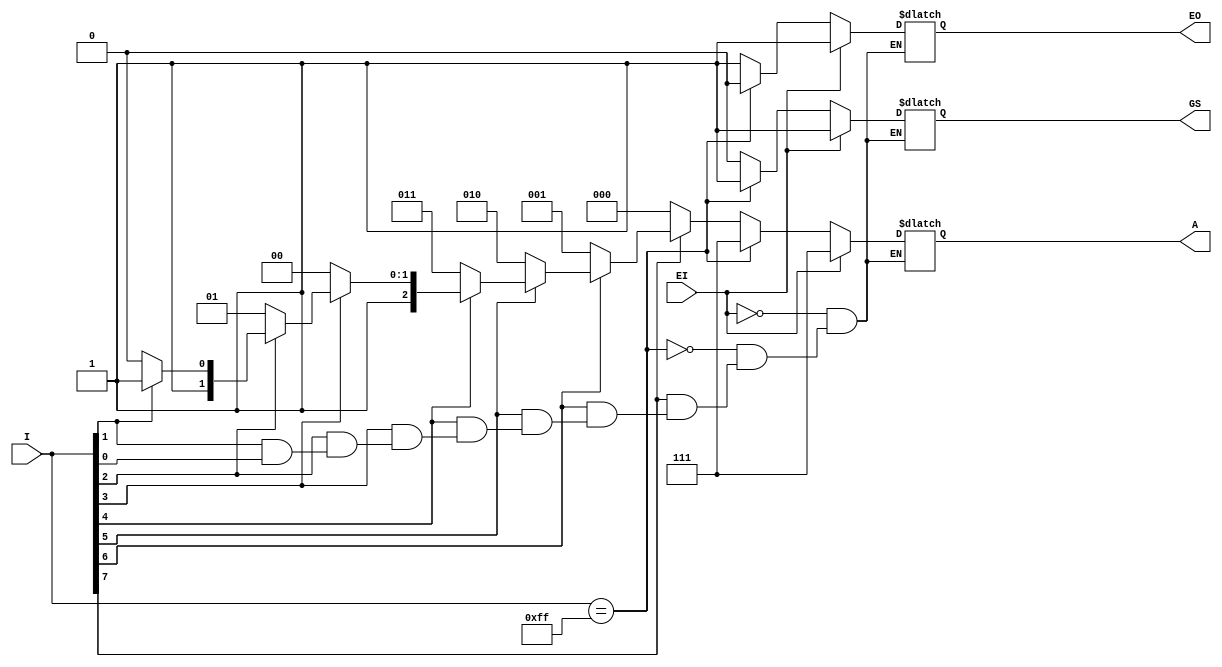
module PriEncoder8_3(
    input EI,
    input [7:0] I,
    output [2:0] A,
    output GS,
    output EO
    );
	 
	reg GS,EO;
	reg[2:0] A;
	always @(*)
	begin
		if(EI==1)//
		begin
			A<=3'b111;
			GS<=1;
			EO<=1;
		end
		else if(I[7:0]==8'b1111_1111)//룬Ч
		begin
			A<=3'b111;
			GS<=1;
			EO<=0;
		end
		else if(I[7]==0)//ȱ7͵ƽЧ
		begin
			A<=3'b000;
			GS<=0;
			EO<=1;
		end
		else if(I[6]==0)
		begin
			A<=3'b001;
			GS<=0;
			EO<=1;
		end
		else if(I[5]==0)
		begin
			A<=3'b010;
			GS<=0;
			EO<=1;
		end
		else if(I[4]==0)
		begin
			A<=3'b011;
			GS<=0;
			EO<=1;
		end
		else if(I[3]==0)
		begin
			A<=3'b100;
			GS<=0;
			EO<=1;
		end
		else if(I[2]==0)
		begin
			A<=3'b101;
			GS<=0;
			EO<=1;
		end
		else if(I[1]==0)
		begin
			A<=3'b110;
			GS<=0;
			EO<=1;
		end
		else if(I[0]==0)
		begin
			A<=3'b111;
			GS<=0;
			EO<=1;
		end		
	end

endmodule
module encoder16_4(EI,I,Z, GS, EO);

input EI;
input [15:0] I;
output [3:0] Z;
output GS;
output EO;

wire[2:0] A_Hi;
wire GS_Hi;
wire EO_Hi;
wire EI_Lo;
wire[2:0] A_Lo;
wire GS_Lo;
wire EO_Lo;

PriEncoder8_3 my_encoder1(EI, I[15:8],A_Hi, GS_Hi,EO_Hi);
PriEncoder8_3 my_encoder2(EI_Lo, I[7:0],A_Lo, GS_Lo,EO);
assign EI_Lo=EO_Hi;
assign Z[3]=GS_Hi;
//assign Z[2:0]=A_Hi&A_Lo;
assign Z[2]=A_Hi[2]&A_Lo[2];
assign Z[1]=A_Hi[1]&A_Lo[1];
assign Z[0]=A_Hi[0]&A_Lo[0];
assign GS=GS_Hi&GS_Lo;


endmodule
module encoder32_5(EI, I, Z,GS, EO);

input EI;
input [31:0] I;
output [4:0] Z;
output GS;
output EO;

wire[3:0] A_Hi;
wire GS_Hi;
wire EO_Hi;
wire EI_Lo;
wire[3:0] A_Lo;
wire GS_Lo;
wire EO_Lo;

encoder16_4 my_encoder3(EI, I[31:16],A_Hi, GS_Hi,EO_Hi);
encoder16_4 my_encoder4(EI_Lo, I[15:0],A_Lo, GS_Lo,EO);
assign EI_Lo=EO_Hi;
assign Z[4]=GS_Hi;
//assign Z[2:0]=A_Hi&A_Lo;
assign Z[3]=A_Hi[3]&A_Lo[3];
assign Z[2]=A_Hi[2]&A_Lo[2];
assign Z[1]=A_Hi[1]&A_Lo[1];
assign Z[0]=A_Hi[0]&A_Lo[0];
assign GS=GS_Hi&GS_Lo;



endmodule